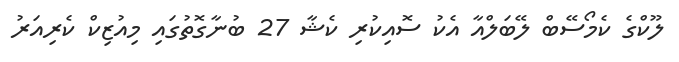
ލޫކްގެ ކެމޯސޭބް ލޭބަލްއާ އެކު ސޮއިކުރި ކެޝާ 27 ބުނާގޮތުގައި މިއުޒިކް ކެރިއަރު